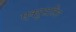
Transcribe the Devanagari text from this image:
एक्युसटिल